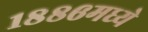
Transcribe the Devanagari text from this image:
१८८६मध्ये